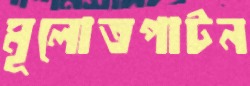
মূলোতপাটন